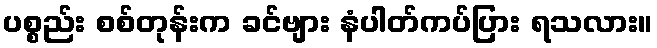
ပစ္စည်း စစ်တုန်းက ခင်ဗျား နံပါတ်ကပ်ပြား ရသလား။